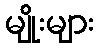
မျိုးများ